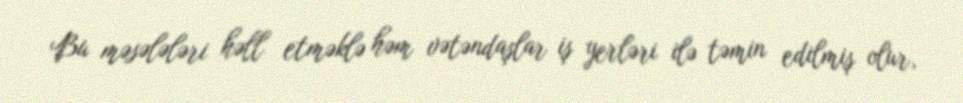
Bu məsələləri həll etməklə həm vətəndaşlar iş yerləri ilə təmin edilmiş olur,